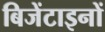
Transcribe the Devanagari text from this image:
बिजेंटाइनों